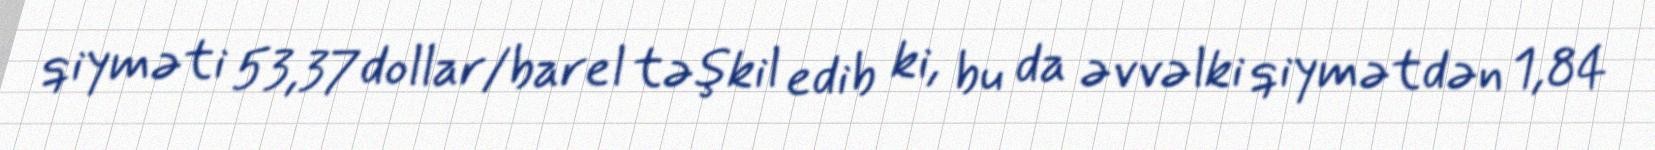
qiyməti 53,37 dollar/barel təşkil edib ki, bu da əvvəlki qiymətdən 1,84